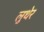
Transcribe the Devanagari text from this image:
लुथेर